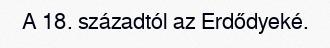
A 18. századtól az Erdődyeké.